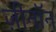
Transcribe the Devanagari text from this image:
ज़ीनॉन